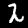
Label: 2